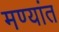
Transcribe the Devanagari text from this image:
मण्यांत